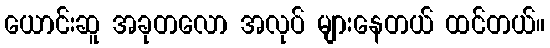
ယောင်းဆူ အခုတလော အလုပ် များနေတယ် ထင်တယ်။